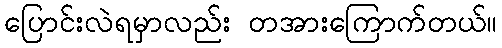
ပြောင်းလဲရမှာလည်း တအားကြောက်တယ်။